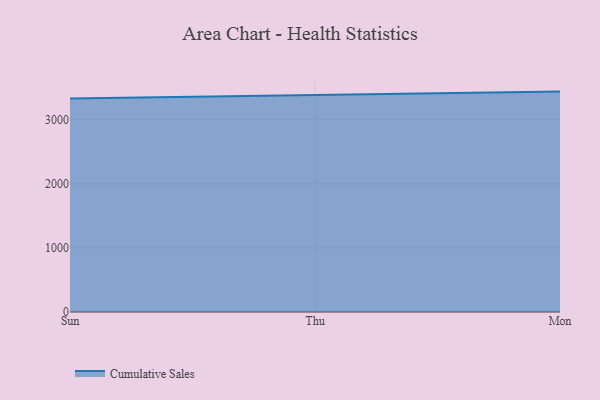
{"axis": {"x": "Day", "y": "Tickets Resolved"}, "legend": ["Cumulative Sales"], "data": [{"x": "Sun", "y": 3329.3, "type": "Cumulative Sales"}, {"x": "Thu", "y": 3384.2, "type": "Cumulative Sales"}, {"x": "Mon", "y": 3437.7, "type": "Cumulative Sales"}]}